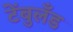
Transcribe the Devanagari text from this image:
टेंबुलँड